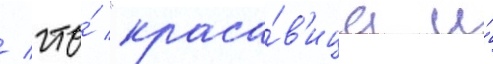
/ что́ "краса́в'ица и́